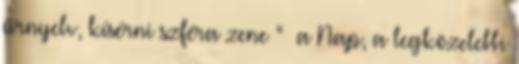
űrnyelv, kísérni szféra zene ” a Nap, a legközelebbi